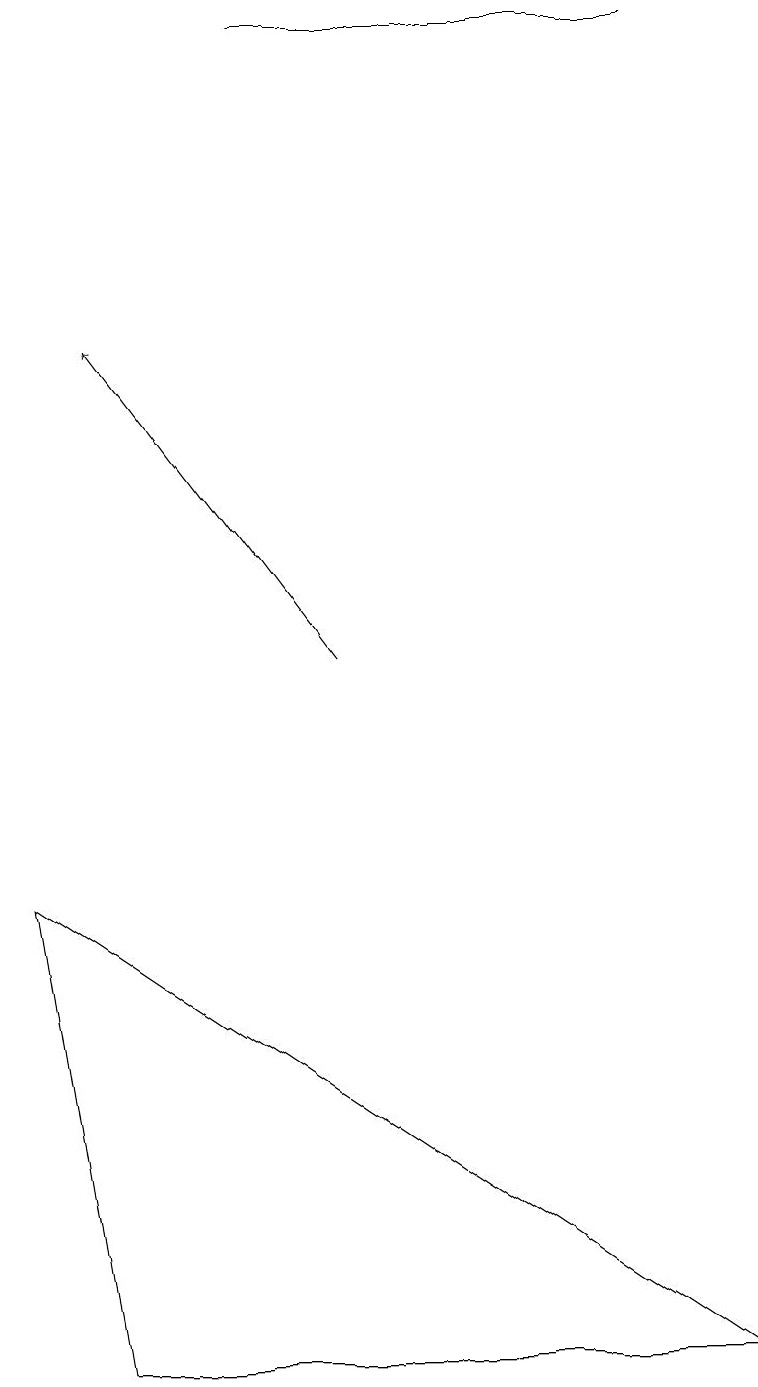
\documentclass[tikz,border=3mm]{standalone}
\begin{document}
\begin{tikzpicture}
\draw (1,2) -- (9,2) -- (0,8) -- cycle;
\draw[->] (4,11) -- (1,15);
\draw (3,19) rectangle (8,19);
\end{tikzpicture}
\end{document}